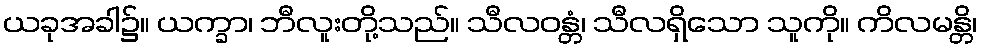
ယခုအခါ၌။ ယက္ခာ၊ ဘီလူးတို့သည်။ သီလဝန္တံ၊ သီလရှိသော သူကို။ ကိလမန္တိ၊